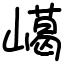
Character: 嶱